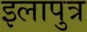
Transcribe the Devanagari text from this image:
इलापुत्र